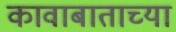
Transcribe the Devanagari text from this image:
कावाबाताच्या